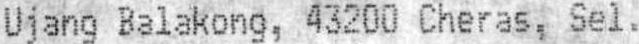
UJANG BALAKONG, 43200 CHERAS, SEL.